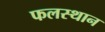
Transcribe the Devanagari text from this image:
फलस्थान